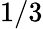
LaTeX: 1/3